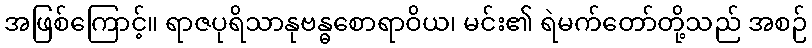
အဖြစ်ကြောင့်။ ရာဇပုရိသာနုဗန္ဓစောရာဝိယ၊ မင်း၏ ရဲမက်တော်တို့သည် အစဉ်